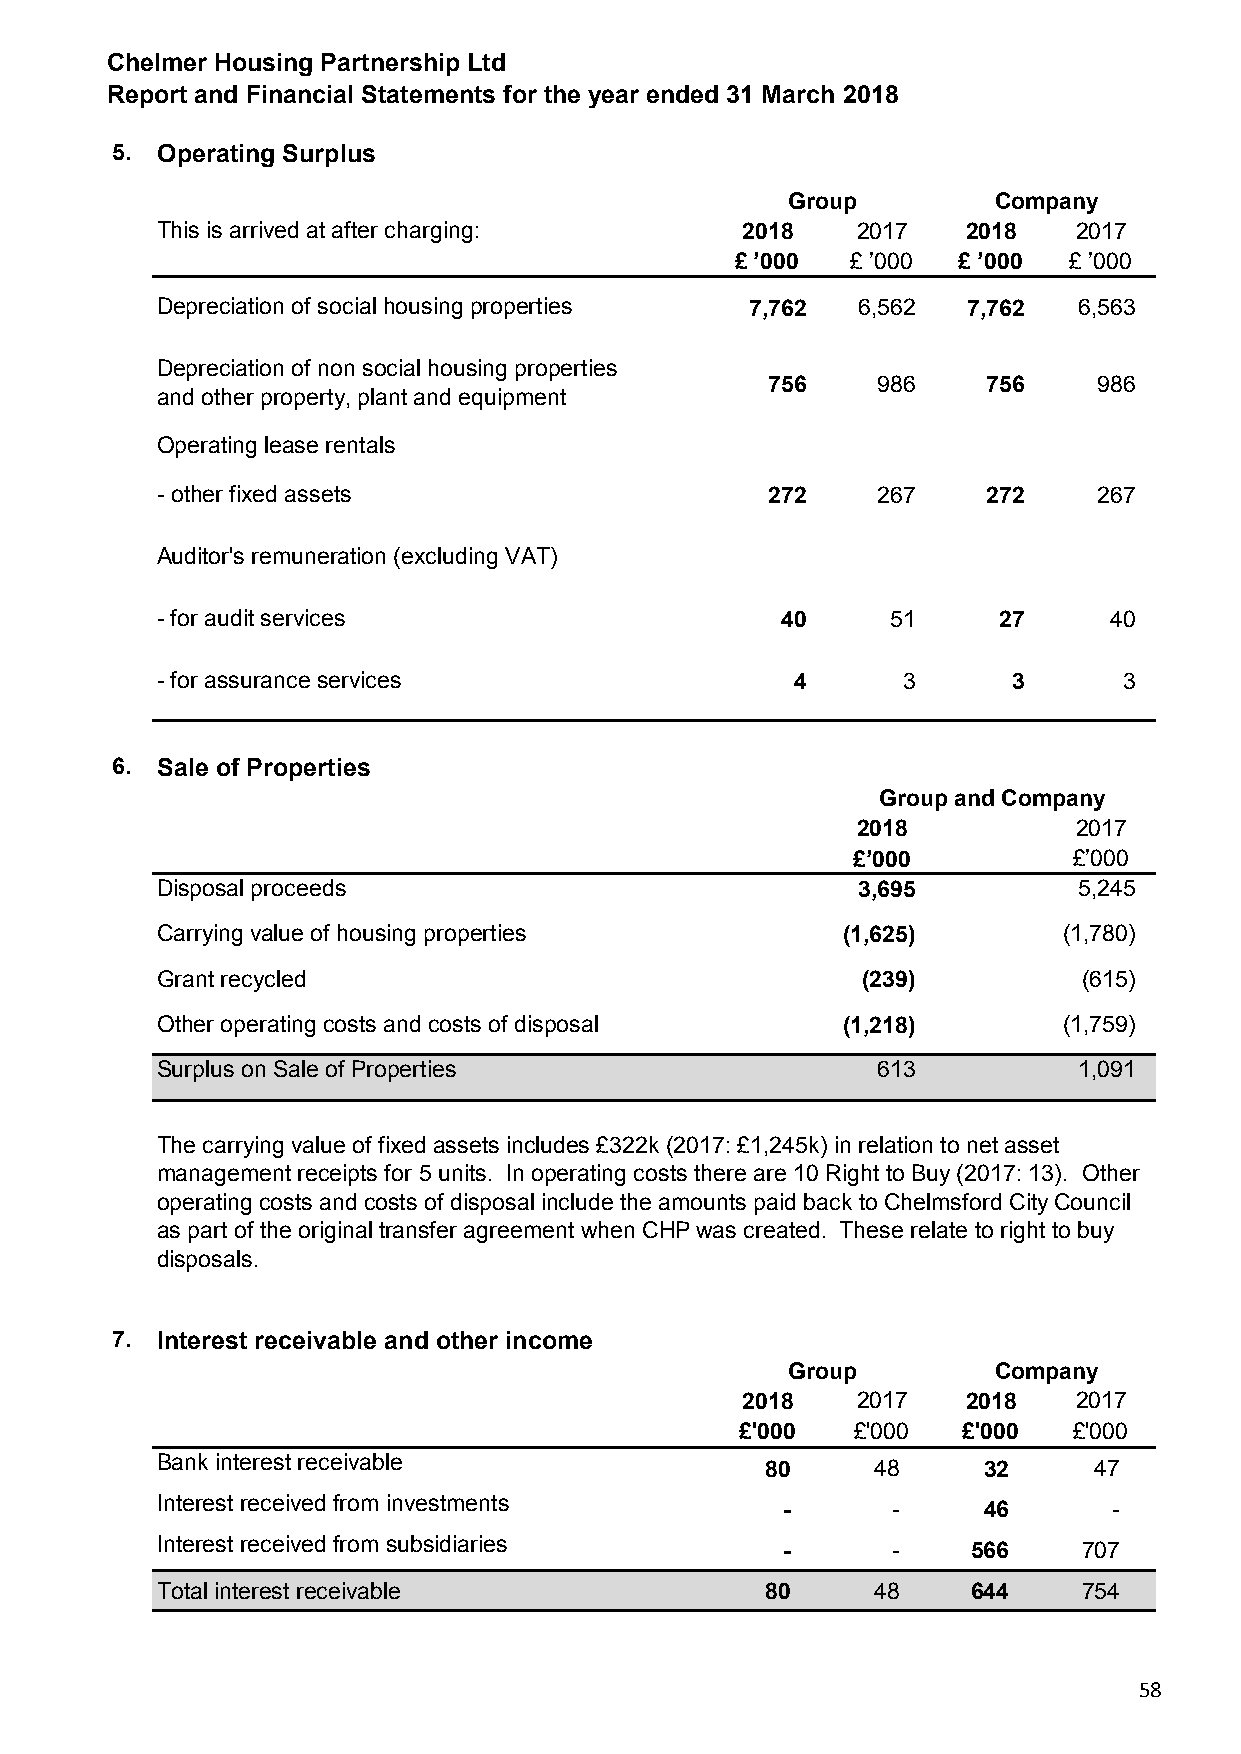
Chelmer Housing Partnership Ltd
 Report and Financial Statements for the year ended 31 March 2018
 5. Operating Surplus
 Group         Company
 This is arrived at after charging:     2018    2017   2018   2017
 £ ’000 £ ’000 £ ’000  £ ’000
 Depreciation of social housing properties 7,762 6,562 7,762  6,563
 Depreciation of non social housing properties
 756    986    756     986
 and other property, plant and equipment
 Operating lease rentals
 - other fixed assets                     272    267    272     267
 Auditor's remuneration (excluding VAT)
 - for audit services                      40     51     27     40
 - for assurance services                   4      3      3      3
 6. Sale of Properties
 Group and Company
 2018          2017
 £’000          £’000
 Disposal proceeds                              3,695         5,245
 Carrying value of housing properties          (1,625)       (1,780)
 Grant recycled                                 (239)          (615)
 Other operating costs and costs of disposal   (1,218)       (1,759)
 Surplus on Sale of Properties                   613          1,091
 The carrying value of fixed assets includes £322k (2017: £1,245k) in relation to net asset
 management receipts for 5 units. In operating costs there are 10 Right to Buy (2017: 13). Other
 operating costs and costs of disposal include the amounts paid back to Chelmsford City Council
 as part of the original transfer agreement when CHP was created. These relate to right to buy
 disposals.
 7. Interest receivable and other income
 Group         Company
 2018    2017   2018   2017
 £'000  £'000   £'000  £'000
 Bank interest receivable                 80     48     32     47
 Interest received from investments        -      -     46       -
 Interest received from subsidiaries       -      -    566     707
 Total interest receivable                80     48    644     754
 58